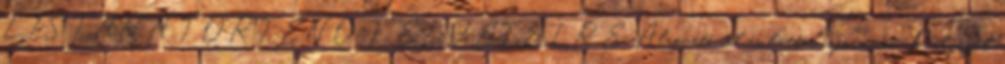
LISTÁRA TÖRTÉNŐ FELVÉTELRE Alapvető cél és háttér információ. Pályázók